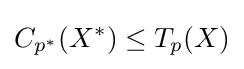
C_{p^{*}}(X^{*})\leq T_{p}(X)